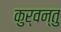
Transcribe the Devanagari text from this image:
कुर्वन्तु